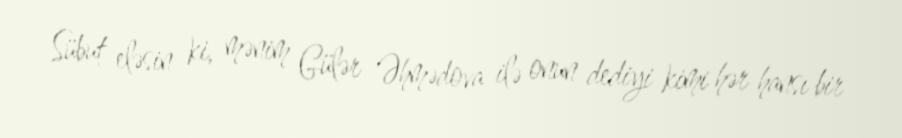
Sübut eləsin ki, mənim Gülər Əhmədova ilə onun dediyi kimi hər hansı bir